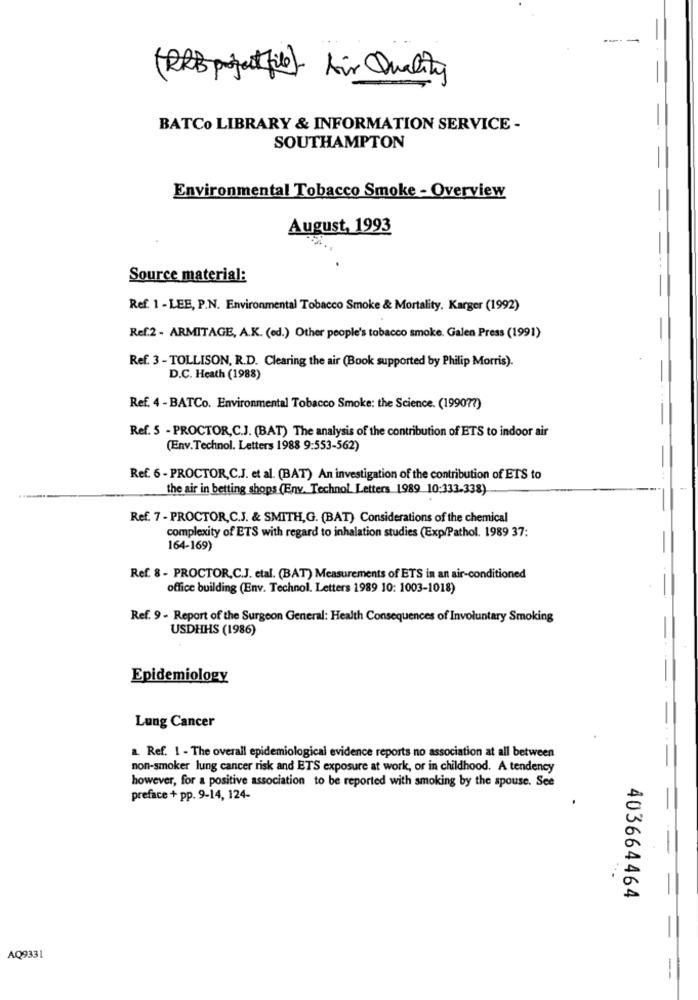
(RRB projectfile) Air Quality
BATCo LIBRARY & INFORMATION SERVICE -
SOUTHAMPTON
Environmental Tobacco Smoke - Overview
August, 1993
Source material:
Ref. 1 - LEE, P.N. Environmental Tobacco Smoke & Mortality. Karger (1992)
Ref.2 - ARMITAGE, A.K. (ed.) Other people's tobacco smoke. Galen Press (1991)
-
Ref. 3 - TOLLISON, R.D. Clearing the air (Book supported by Philip Morris).
-
D.C. Heath (1988)
. ..
Ref. 4 - BATCo. Environmental Tobacco Smoke: the Science. (199077)
Ref. 5 - PROCTOR,C.J. (BAT) The analysis of the contribution of ETS to indoor air
(Env.Technol. Letters 1988 9:553-562)
Ref. 6 - PROCTOR,C.J. et al. (BAT) An investigation of the contribution of ETS to
the air in betting shops (Env. Technol Letters 1989 10:333-338)
Ref. 7 - PROCTOR,C.J. & SMITH,G. (BAT) Considerations of the chemical
complexity of ETS with regard to inhalation studies (Exp/Pathol. 1989 37:
164-169)
Ref. 8 - PROCTOR,C.J. etal. (BAT) Measurements of ETS in an air-conditioned
office building (Env. Technol. Letters 1989 10: 1003-1018)
Ref. 9 - Report of the Surgeon General: Health Consequences of Involuntary Smoking
USDHHS (1986)
Epidemiology
Lung Cancer
a. Ref. 1 - The overall epidemiological evidence reports no association at all between
non-smoker lung cancer risk and ETS exposure at work, or in childhood. A tendency
however, for a positive association to be reported with smoking by the spouse. See
preface + pp. 9-14, 124-
403664464
AQ9331